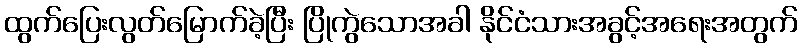
ထွက်ပြေးလွတ်မြောက်ခဲ့ပြီး ပြိုကွဲသောအခါ နိုင်ငံသားအခွင့်အရေးအတွက်